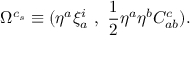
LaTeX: \Omega ^ { c _ { s } } \equiv ( \eta ^ { a } \xi _ { a } ^ { i } ~ , ~ { \frac { 1 } { 2 } } \eta ^ { a } \eta ^ { b } C _ { a b } ^ { c } ) .